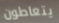
يتعاطون